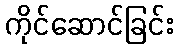
ကိုင်ဆောင်ခြင်း